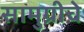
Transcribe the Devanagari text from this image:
सामुग्रीचे